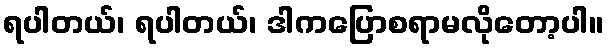
ရပါတယ်၊ ရပါတယ်၊ ဒါကပြောစရာမလိုတော့ပါ။